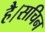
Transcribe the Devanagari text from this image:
है।सचिन